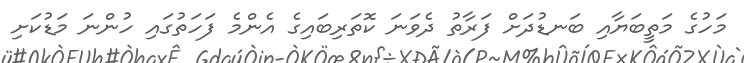
މަހުގެ މަތީބަޔާއި ބަނޑުދަށް ފަރާތު ދެވަނަ ކޮތަރިބައިގެ އެންމެ ފަހަތުގައި ހުންނަ މަޑުކަށި